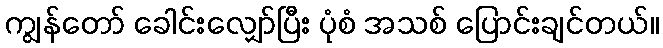
ကျွန်တော် ခေါင်းလျှော်ပြီး ပုံစံ အသစ် ပြောင်းချင်တယ်။